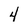
Character: 4